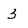
Character: 3